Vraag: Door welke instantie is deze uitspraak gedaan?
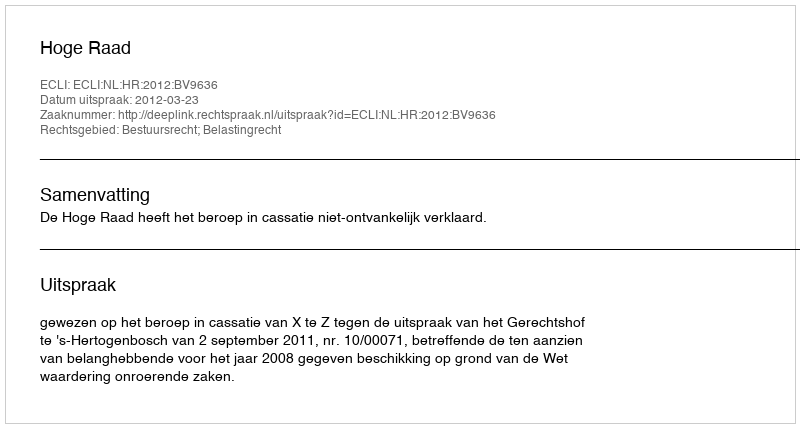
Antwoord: Hoge Raad